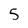
Character: 5